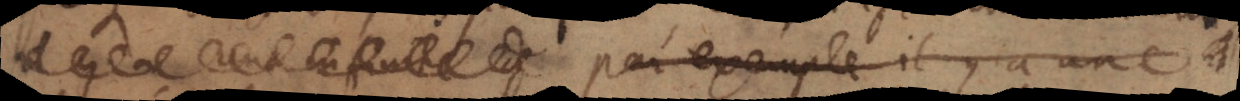
Il y a une infinité de Par exemple il y a une